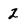
Character: 2